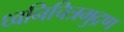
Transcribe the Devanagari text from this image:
ध्वनिचित्रमुद्रण